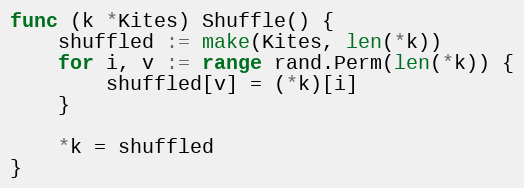
Language: Go
func (k *Kites) Shuffle() {
	shuffled := make(Kites, len(*k))
	for i, v := range rand.Perm(len(*k)) {
		shuffled[v] = (*k)[i]
	}

	*k = shuffled
}